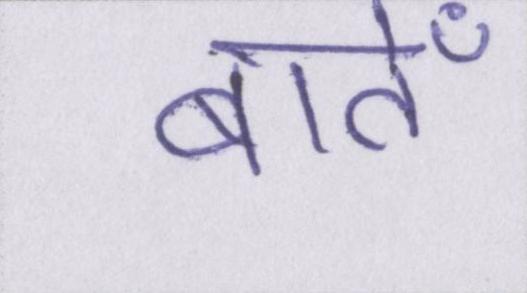
बातेँ